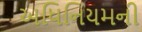
અધિનિયમની